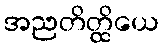
အညတိတ္ထိယေ